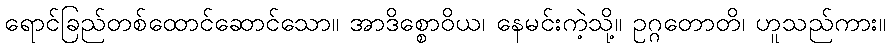
ရောင်ခြည်တစ်ထောင်ဆောင်သော။ အာဒိစ္စောဝိယ၊ နေမင်းကဲ့သို့။ ဥဂ္ဂတောတိ၊ ဟူသည်ကား။